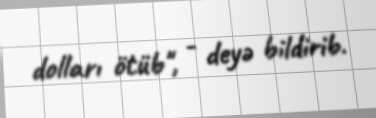
dolları ötüb", - deyə bildirib.